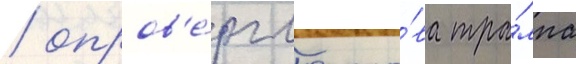
/ опров'е́ргло сло́ва тра́мпа